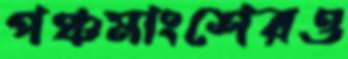
পঞ্চমাংশেরও